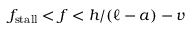
f _ { \mathrm { s t a l l } } < f < h / ( \ell - a ) - v